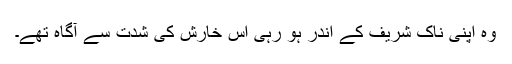
وہ اپنی ناک شریف کے اندر ہو رہی اس خارش کی شدت سے آگاہ تھے۔